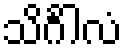
သိင်္ဂါလံ